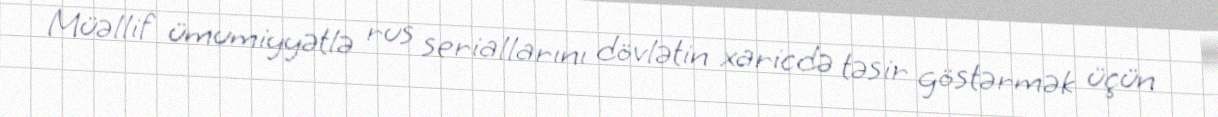
Müəllif ümumiyyətlə rus seriallarını dövlətin xaricdə təsir göstərmək üçün